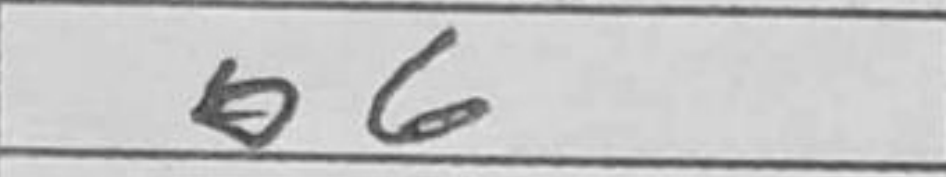
Transcription: b6